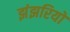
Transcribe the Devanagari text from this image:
झंझरियों